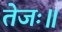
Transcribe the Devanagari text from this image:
तेजः॥